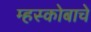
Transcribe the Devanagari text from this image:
म्हस्कोबाचे